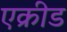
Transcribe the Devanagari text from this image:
एक्रीड